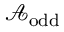
{ \mathcal { A } } _ { \mathrm { o d d } }